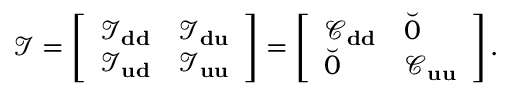
\mathcal { I } = \left[ \begin{array} { l l } { \mathcal { I } _ { \bf d d } } & { \mathcal { I } _ { \bf d u } } \\ { \mathcal { I } _ { \bf u d } } & { \mathcal { I } _ { \bf u u } } \end{array} \right] = \left[ \begin{array} { l l } { \mathcal { C } _ { \bf d d } } & { \breve { 0 } } \\ { \breve { 0 } } & { \mathcal { C } _ { \bf u u } } \end{array} \right] .